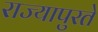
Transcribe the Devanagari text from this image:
राज्यापुरते